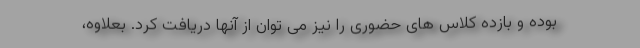
بوده و بازده کلاس های حضوری را نیز می توان از آنها دریافت کرد. بعلاوه،